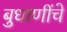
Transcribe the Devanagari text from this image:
बुधाणींचे